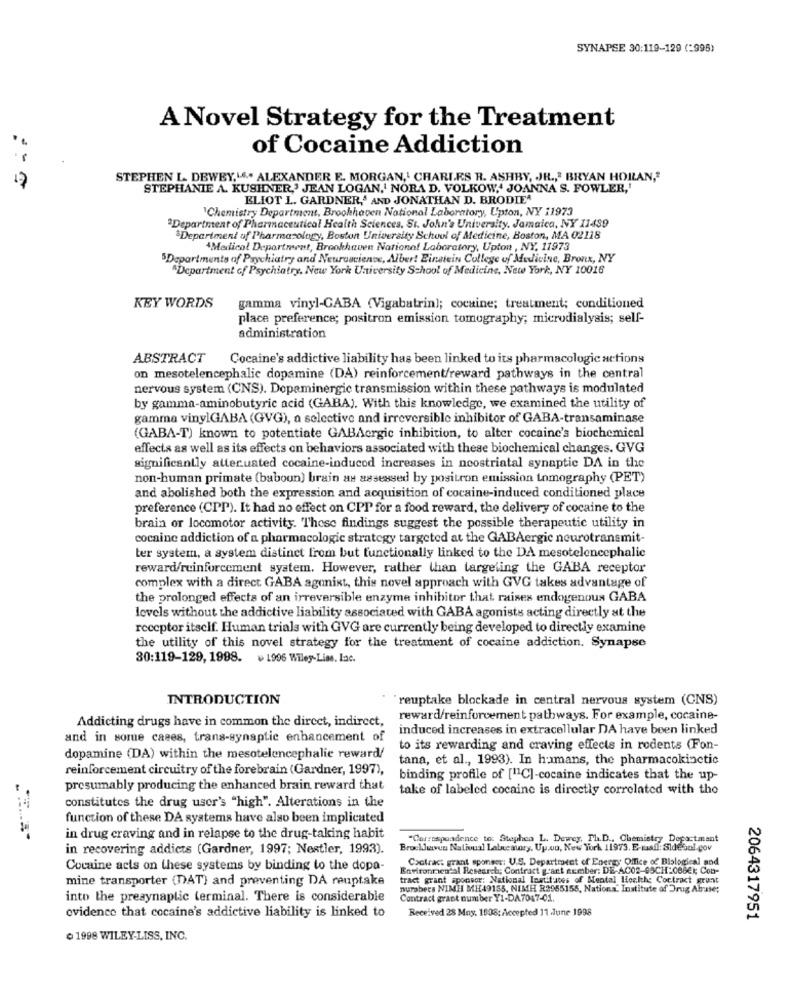
SYNAPSE 30:119-129 (=998)
A Novel Strategy for the Treatment
of Cocaine Addiction
17
STEPHEN L- DEWEY, " ... ALEXANDER E. MORGAN,' CHARLES R. ASHBY, JR ., " BRYAN HOILAN,"
STEPHANIE A. KUSHNER,' JEAN LOGAN,' NORA D. VOLKOW," JOANNA S. FOWLER,
ELIOT L. GARDNER,' AND JONATHAN D. BRODIEA
"Chemistry Department, Brookhaven National Laboratory, Upton, NY 11973
"Department of Pharmaceutical Health Sciences, St. John's University, Jamaica, NY 11439
#Department of Pharmacology, Boston University School of Medicine, Boston, MA 02118
AMedical Department, Brookhaven National Laboratory, Upton , NY, 11973
5Departments of Psychiatry and Neuroscience, Albert Einstein College of Medicine, Bronx, NY
"Department of Psychiatry, New York University School of Medicine, New York, NY 10016
KEY WORDS
gamma vinyl-CABA (Vigabatrin); cocaine; treatment; conditioned
place preference; positron emission tomography; microdialysis; self-
administration
ABSTRACT
Cocaine's addictive liability has been linked to its pharmacologic actions
on mesotelencephalic dopamine (DA) reinforcement/reward pathways in the central
nervous system (CNS). Dopaminergic transmission within these pathways is modulated
by gamma-aminobutyric acid (GABA). With this knowledge, we examined the utility of
gamma vinylGABA (GVG), a selective and irreversible inhibitor of GABA-transaminase
(GABA-T) known to potentiate GABAergic inhibition, to alter cocaine's biochemical
effects as well as its effects on behaviors associated with these biochemical changes. GVG
significantly attenuated cocaine-inducod increases in ncostriatal synaptic DA in the
non-human primate (baboon) brain as assessed by positron emission tomography (PET)
and abolished both the expression and acquisition of cocaine-induced conditioned place
preference (CPP). It had no effect on CPP for a food reward, the delivery of cocaine to the
brain or locomotor activity. These findings suggest the possible therapeutic utility in
cocaine addiction of a pharmacologic strategy targeted at the GABAergie neurotransmit-
ter system, a system distinct from but functionally linked to the DA mesotelencephalic
reward/reinforcement system. However, rather than targeting the GABA receptor
complex with a direct GABA agonist, this novel approach with GVG takes advantage of
the prolonged effects of an irreversible enzyme inhibitor that raises endogenous GABA
levels without the addictive liability associated with GABA agonists acting directly at the
receptor itself. Human trials with GVG are currently being developed to directly examine
the utility of this novel strategy for the treatment of cocaine addiction. Synapse
80:119-129, 1998. 1996 Wiley-Lime, Inc.
INTRODUCTION
`reuptake blockade in central nervous system (CNS)
Addicting drugs have in common the direct, indirect,
reward/reinforcement pathways. For example, cocaine-
induced increases in extracellular DA have been linked
and in some cases, trans-synaptic enhancement of
to its rewarding and craving effects in rodents (Fon-
dopamine (DA) within the mesotelencephalic reward/
tana, et al ., 1993). In humans, the pharmacokinetic
reinforcement circuitry of the forebrain (Gardner, 1997),
binding profile of [11C]-cocaine indicates that the up-
presumably producing the enhanced brain reward that
take of labeled cocaine is directly correlated with the
constitutes the drug user's "high". Alterations in the
function of these DA systems have also been implicated
in drug craving and in relapse to the drug-taking habit
"Correspondence to: Stephen L. Dewey, Th.D ., Chemistry Department
in recovering addicts (Gardner, 1997; Nestler, 1993).
BrockJuven Nativusl Labneaury, Up.ou, New York 11973. E-mail: Sidesol.cov
Cocaine acts on these systems by binding to the dopa-
Environmental Research; Contract gant number: DE-AC02-65CH-088€k Con-
Coolrac: grant sponsor: U.S. Department of Energy Office of Biological and
mine transporter (DAT) and preventing DA reuptake
tract grant sponsor: National Institutes of Mental Hoekthe Contract grant
nurabers NIMII MH49185, NIMH R2955155, National Institute of Drug Abuse;
into the presynaptic terminal. There is considerable
Contract grant number Y1-DA7047-01.
evidence that cocaine's addictive liability is linked to
Received 28 Mny. 1808: Accepted 11 June 1998
2064317951
1998 WILEY-LISS, INC.